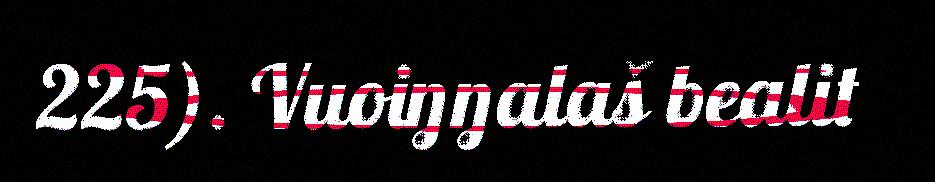
225). Vuoiŋŋalaš bealit